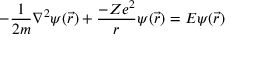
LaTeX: - { \frac { 1 } { 2 m } } \nabla ^ { 2 } \psi ( { \vec { r } } ) + { \frac { - Z e ^ { 2 } } { r } } \psi ( { \vec { r } } ) = E \psi ( { \vec { r } } )